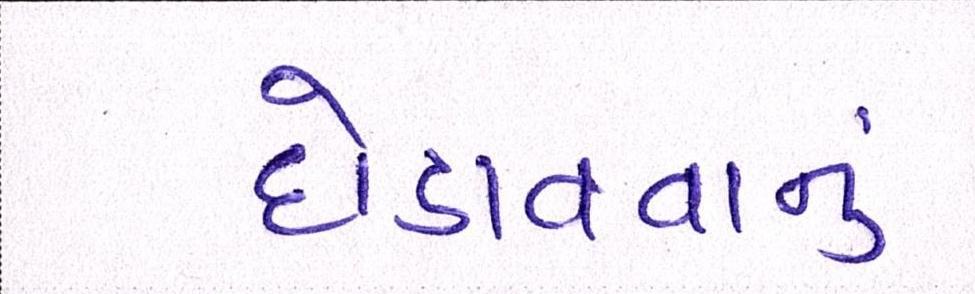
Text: દોડાવવાનું